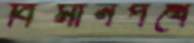
বিমানপথে